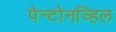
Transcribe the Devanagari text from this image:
पेन्टोनव्हिल